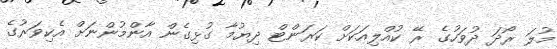
މުލަ ރޯދަ ދުވަހުގެ ރޭ ކުއްލިއަކަށް ކަރަންޓް ދިޔުމާ ގުޅިގެން އާންމުންނަށް އެކިވަރުގެ